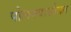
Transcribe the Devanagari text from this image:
पोलक्यासोबत